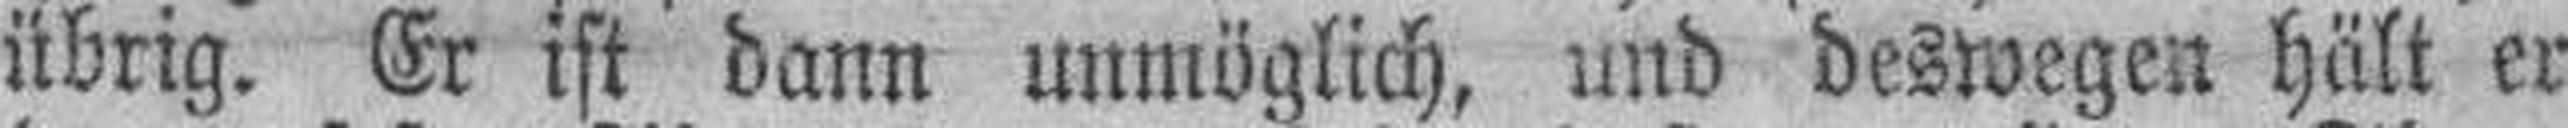
übrig. Er ist dann unmöglich, und deswegen hält er